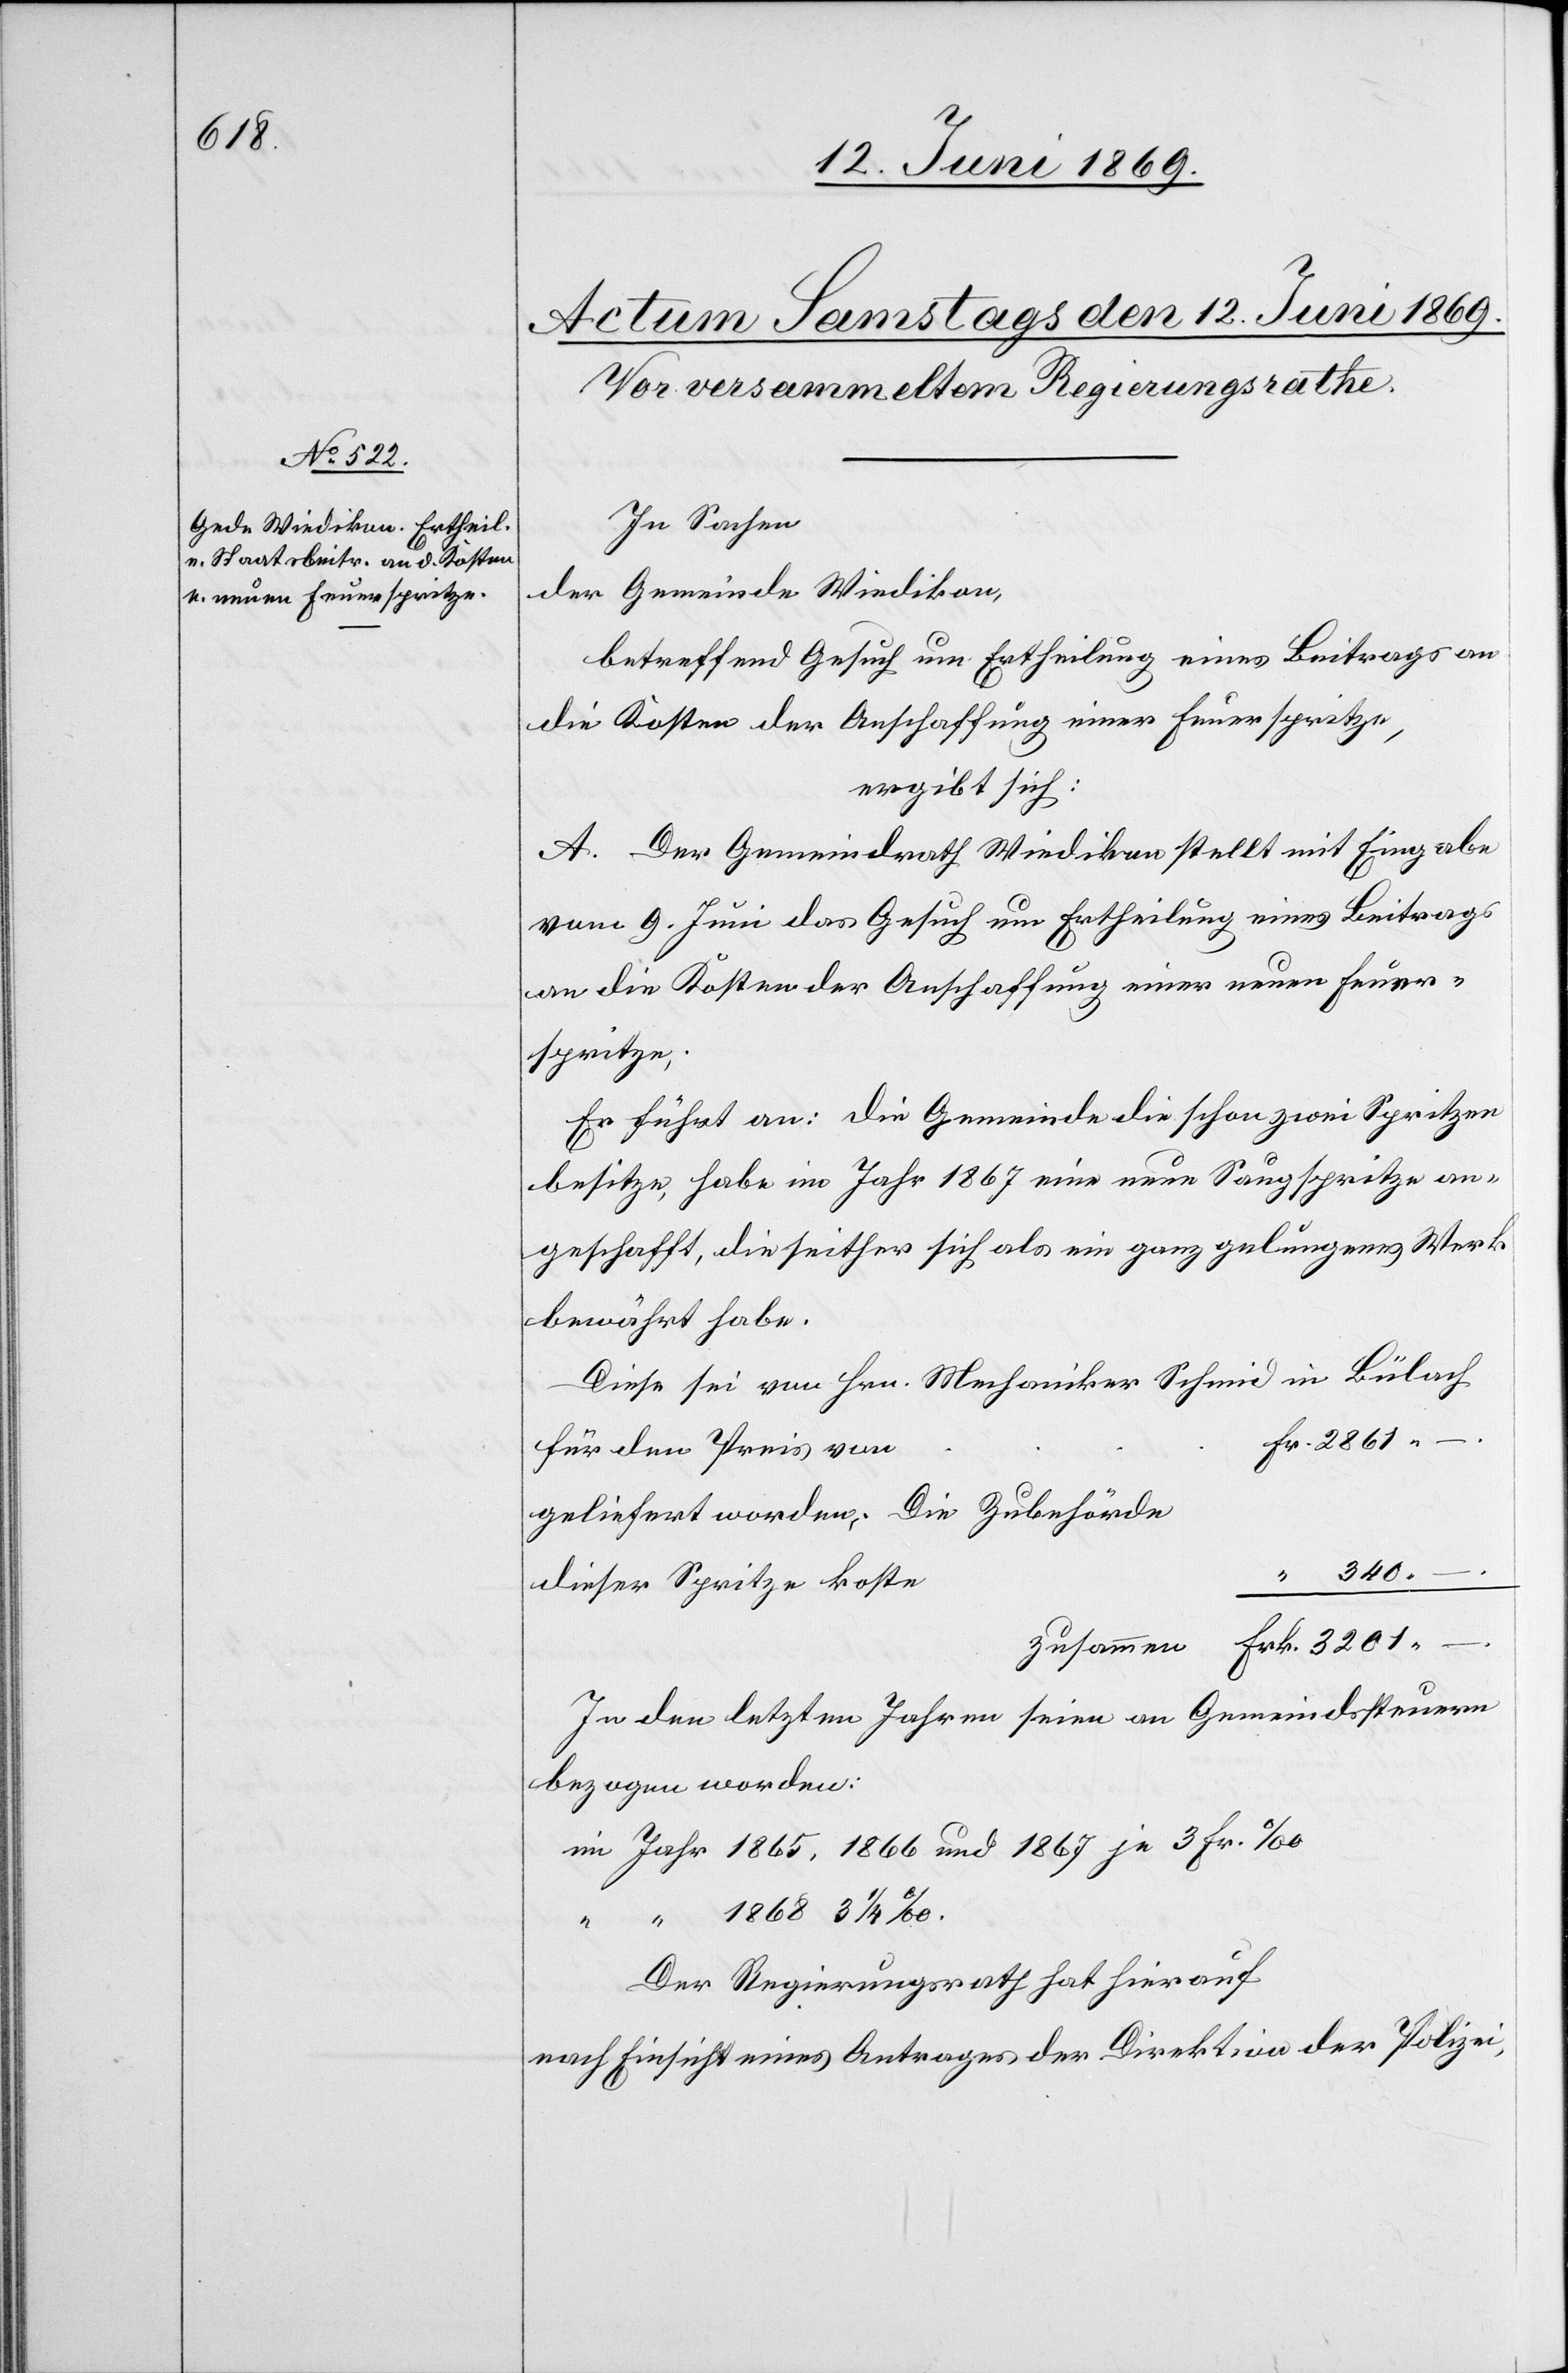
e

In Sachen
der Gemeinde Wiedikon,
betreffend Gesuch um Ertheilung eines Beitrages an
die Kosten der Anschaffung einer Feuerspritze,
ergibt sich:
A. Der Gemeindrath Wiedikon stellt mit Eingabe
vom 9. Juni das Gesuch um Ertheilung eines Beitrages
an die Kosten der Anschaffung einer neuen Feuer¬
spritze.
Er führt an: Die Gemeinde die schon zwei Spritzen
besitze, habe im Jahr 1867 eine neue Saugspritze an¬
geschafft, die seither sich als ein ganz gelungenes Werk
bewährt habe.
Diese sei von Hrn. Mechaniker Schmid in Bülach
Fr. 2861.
für den Preis von
geliefert worden. Die Zubehörde
“ 340.
dieser Spritze kost¬
zusammen Frk. 3201.
In den letzten Jahren seien an Gemeindesteuern
bezogen worden:
im Jahr 1865,1866 und 1867 je 3 Fr. ‰
Der Regierungsrath hat hierauf
nach Einsicht eines Antrages der Direktion der Polizei,